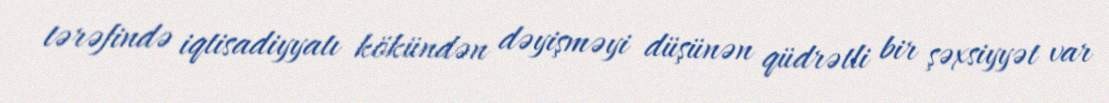
tərəfində iqtisadiyyatı kökündən dəyişməyi düşünən qüdrətli bir şəxsiyyət var